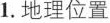
1. 地理位置